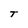
Character: T